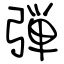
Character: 弾